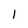
Character: 1